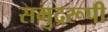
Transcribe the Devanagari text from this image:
समुद्ररूपी